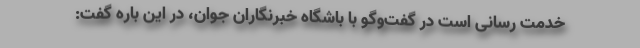
خدمت رسانی است در گفت‌وگو با باشگاه خبرنگاران جوان، در این باره گفت: